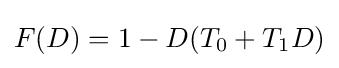
F(D)=1-D(T_{0}+T_{1}D)